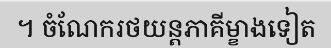
។ ចំណែករថយន្តភាគីម្ខាងទៀត